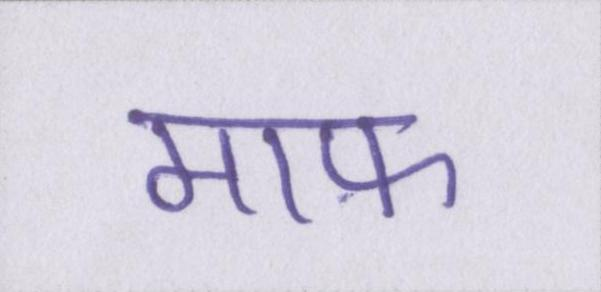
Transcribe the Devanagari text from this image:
माफ़